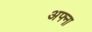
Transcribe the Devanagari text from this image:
अफ्ना